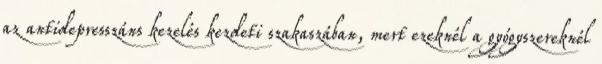
az antidepresszáns kezelés kezdeti szakaszában, mert ezeknél a gyógyszereknél